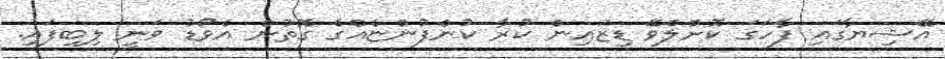
އޭޝިޔާގައި ފާހަގަ ކޮށްލެވޭ ޑިޒައިން ކުރާ ކުންފުންޏެއްގެ ގޮތުން އެވޯޑު ވަނީ ލިބިފައި.